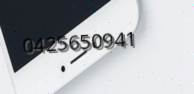
0425650941